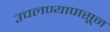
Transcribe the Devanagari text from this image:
उचलण्यापासून